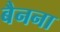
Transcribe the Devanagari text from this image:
बैनना